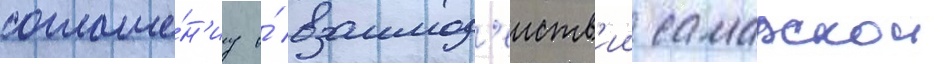
соглаше́н'иу о́ взаимод'еиств'ии самарскои